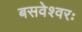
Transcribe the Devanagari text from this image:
बसवेश्वरः